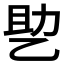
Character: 𰁂